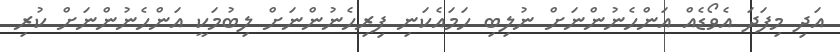
އަދި މިފަދަ އެވޯޑެއް އަންހެނުންނަށް ނުލިބި ހަމައެކަނި ފިރިހެނުންނަށް ލިބުމަކީ އަންހެނުންނަށް ކުރި